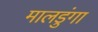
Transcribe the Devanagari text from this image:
मालडुंगा